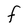
Character: F